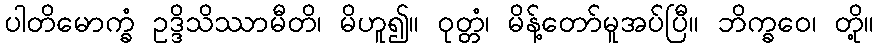
ပါတိမောက္ခံ ဥဒ္ဒိသိဿာမီတိ၊ မိဟူ၍။ ဝုတ္တံ၊ မိန့်တော်မူအပ်ပြီ။ ဘိက္ခဝေ၊ တို့။